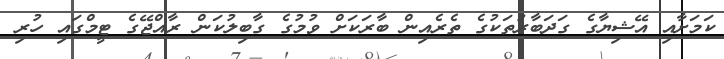
ކަމަށާއި އޭޝިޔާގެ ގަދަބާރުތަކުގެ ތެރެއިން ބާރަކަށް ވުމުގެ ގާބިލުކަން ރާއްޖޭގެ ޓީމްގައި ހުރި